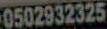
0502932325